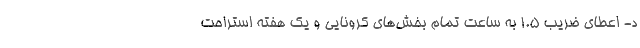
د- اعطای ضریب ۱.۵ به ساعت تمام بخش‌های کرونایی و یک هفته استراحت